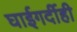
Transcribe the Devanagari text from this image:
घाईगर्दीही